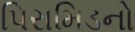
પિરામિડનો